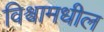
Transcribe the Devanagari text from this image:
विश्वामधील